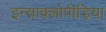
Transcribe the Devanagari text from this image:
इन्साक्लोपीड़िया